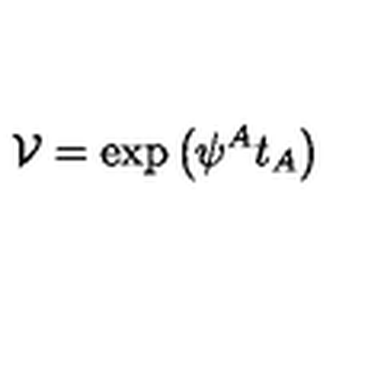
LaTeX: \mathcal { V } = \exp \left( \psi ^ { A } t _ { A } \right)